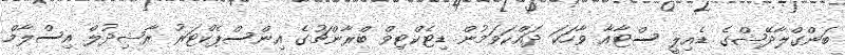
ބަންގްލާދޭޝްގެ ޑެއިލީ ސްޓާއާ ވާހަކަ ދައްކަވަމުން ޑިޓެކްޓިވް ބްރާންޗުގެ އިންސްޕެކްޓަރު ރާޝިދުލް އިސްލާމް